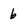
Character: 6